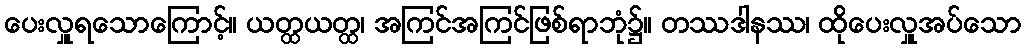
ပေးလှူရသောကြောင့်။ ယတ္ထယတ္ထ၊ အကြင်အကြင်ဖြစ်ရာဘုံ၌။ တဿဒါနဿ၊ ထိုပေးလှူအပ်သော